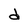
Character: d